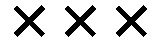
×××